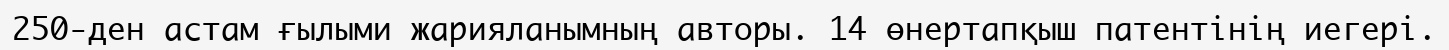
250-ден астам ғылыми жарияланымның авторы. 14 өнертапқыш патентінің иегері.